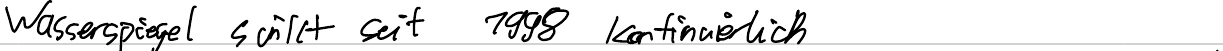
Wasserspiegel sinkt seit 1998 kontinuierlich